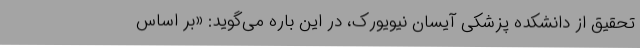
تحقیق از دانشکده پزشکی آیسان نیویورک، در این باره می‌گوید: «بر اساس